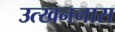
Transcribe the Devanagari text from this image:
उत्खननास